Vaccination in the Punjab 1867-1880 - 1867-1880
Year: 1867
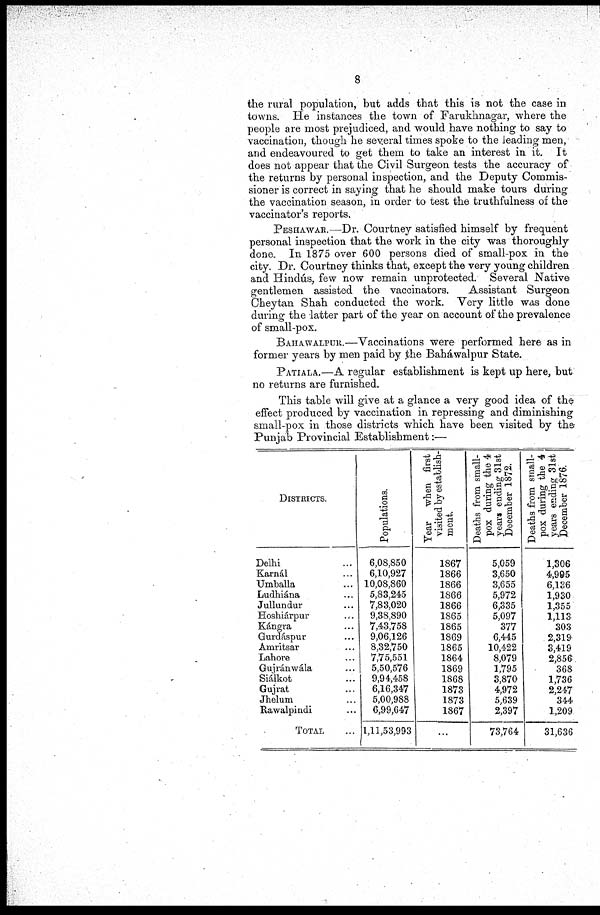
8
the rural population, but adds that this is not the case in
towns. He instances the town of Farukhnagar, where the
people are most prejudiced, and would have nothing to say to
vaccination, though he several times spoke to the leading men,
and endeavoured to get them to take an interest in it. It
does not appear that the Civil Surgeon tests the accuracy of
the returns by personal inspection, and the Deputy Commis-
sioner is correct in saying that he should make tours during
the vaccination season, in order to test the truthfulness of the
vaccinator's reports,
PESHAWAR.—Dr. Courtney satisfied himself by frequent
personal inspection that the work in the city was thoroughly
done. In 1875 over 600 persons died of small-pox in the
city. Dr. Courtney thinks that, except the very young children
and Hindus, few now remain unprotected. Several Native
gentlemen assisted the vaccinators.
Assistant Surgeon
Cheytan Shah conducted the work. Very little was done
during the latter part of the year on account of the prevalence
of small-pox.
BAHAWALPUR.—Vaccinations were performed here as in
former years by men paid by the Baháwalpur State.
PATIALA.—A regular establishment is kept up here, but
no returns are furnished.
This table will give at a glance a very good idea of the
effect produced by vaccination in repressing and diminishing
small-pox in those districts which have been visited by the
Punjab Provincial Establishment:—
DISTRICTS.
Delhi ...
Karnál ...
Umballa ...
Ludhiána ...
Jullundur ...
Hoshiárpur ...
Kángra ...
Gurdáspur ...
Amritsar ...
Lahore ...
Gujránwála ...
Siálkot ...
Gujrat ...
Jhelum ...
Rawalpindi ...
TOTAL ...
Populations.
6,08,850
6,10,927
10,08,860
5,83,245
7,83,020
9,38,890
7,43,758
9,06,126
8,32,750
7,75,551
5,50,576
9,94,458
6,16,347
5,00,988
6,99,647
1,11,53,993
Year when first
visited by establish¬
ment.
1867
1866
1866
1866
1866
1865
1865
1869
1865
1864
1869
1868
1873
1873
1867
...
Deaths from small-
pox during the 4
years ending 31st
December 1872.
5,059
3,650
3,655
5,972
6,335
5,097
377
6,445
10,422
8,079
1,795
3,870
4,972
5,639
2,397
73,764
Deaths from small-
pox during the 4
years ending 31st
December 1876.
1,306
4,995
6,136
1,930
1,355
1,113
303
2,319
3,419
2,856
368
1,736
2,247
344
1,209
31,636